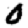
Digit: 0